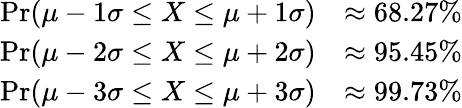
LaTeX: {\begin{array}{rl}{\operatorname*{Pr}(\mu-1\sigma\leq X\leq\mu+1\sigma)}&{\approx 68.27\% }\\ {\operatorname*{Pr}(\mu-2\sigma\leq X\leq\mu+2\sigma)}&{\approx 95.45\% }\\ {\operatorname*{Pr}(\mu-3\sigma\leq X\leq\mu+3\sigma)}&{\approx 99.73\% }\end{array}}